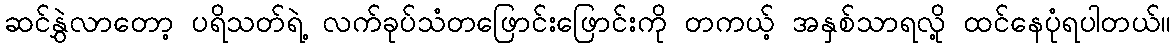
ဆင်နွှဲလာတော့ ပရိသတ်ရဲ့ လက်ခုပ်သံတဖြောင်းဖြောင်းကို တကယ့် အနှစ်သာရလို့ ထင်နေပုံရပါတယ်။